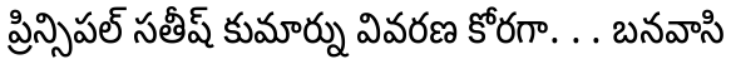
ప్రిన్సిపల్ సతీష్ కుమార్ను వివరణ కోరగా. . . బనవాసి